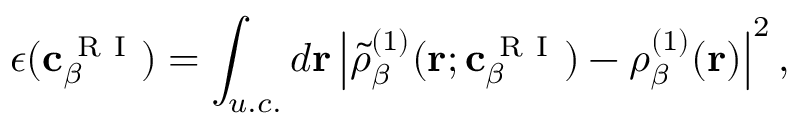
\epsilon ( \mathbf { c } _ { \beta } ^ { \mathrm { ~ R ~ I ~ } } ) = \int _ { u . c . } d \mathbf { r } \left| \tilde { \rho } _ { \beta } ^ { ( 1 ) } ( \mathbf { r } ; \mathbf { c } _ { \beta } ^ { \mathrm { ~ R ~ I ~ } } ) - \rho _ { \beta } ^ { ( 1 ) } ( \mathbf { r } ) \right| ^ { 2 } ,